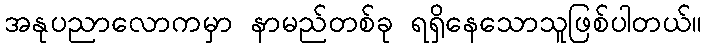
အနုပညာလောကမှာ နာမည်တစ်ခု ရရှိနေသောသူဖြစ်ပါတယ်။